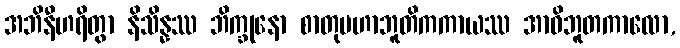
အဘိနီဟရိတွာ နိသိန္နဿ ဘိက္ခုနော စာတုမဟာဘူတိကကာယဿ အာဝိဘူတကာလော,